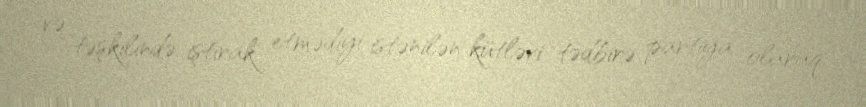
və təşkilində iştirak etmədiyi istənilən kütləvi tədbirə partiya olaraq